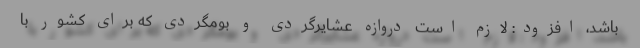
باشد، افزود: لازم است دروازه عشایرگردی و بومگردی که برای کشور با